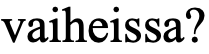
vaiheissa?